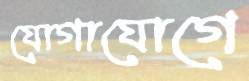
যোগাযোগে